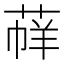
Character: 𦳟